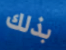
بذلك